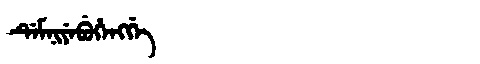
Manchu: ᡩᡝᠮᠨᡳᠶᡝᠪᡠᡥᡝᠩᡤᡝ
Romanization: DEMNIYEBUHENGGE